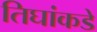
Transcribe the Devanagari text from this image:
तिघांकडे